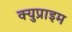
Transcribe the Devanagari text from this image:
क्युप्राइम